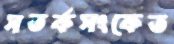
সতর্কসংকেত